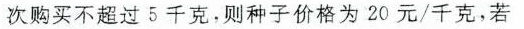
次购买不超过5千克，则种子价格为20元/千克，若